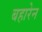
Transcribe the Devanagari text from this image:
बहारेन